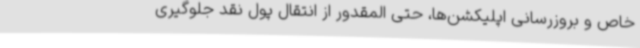
خاص و بروزرسانی اپلیکشن‌ها، حتی المقدور از انتقال پول نقد جلوگیری